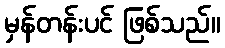
မှန်တန်းပင် ဖြစ်သည်။